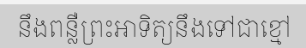
នឹងពន្លឺព្រះអាទិត្យនឹងទៅជាខ្មៅ